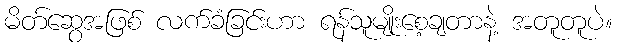
မိတ်ဆွေအဖြစ် လက်ခံခြင်းဟာ ရန်သူမျိုးစေ့ချတာနဲ့ အတူတူပဲ။